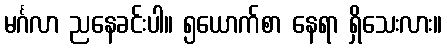
မင်္ဂလာ ညနေခင်းပါ။ ၅ယောက်စာ နေရာ ရှိသေးလား။